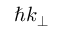
\hbar k _ { \perp }